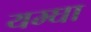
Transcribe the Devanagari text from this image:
यम्घा